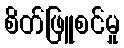
စိတ်ဖြူစင်မှု